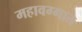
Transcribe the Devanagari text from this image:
महावग्गात